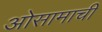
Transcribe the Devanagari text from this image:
ओसामाची